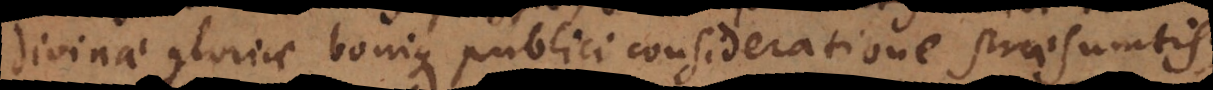
divinae gloriae bonique publici consideratione praesumtis;